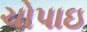
ચોપાઇ